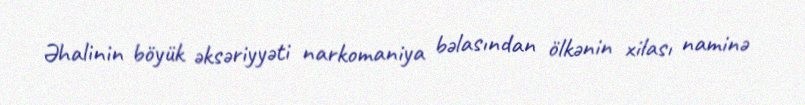
Əhalinin böyük əksəriyyəti narkomaniya bəlasından ölkənin xilası naminə